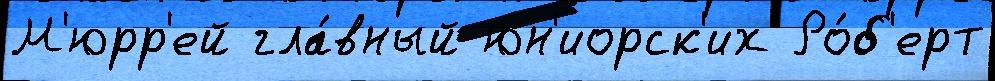
М'юрр'ей гла́вный юн'иорск'их Ро́б'ерт